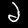
Label: 2